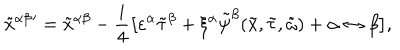
{ \tilde { x } ^ { \alpha \beta } } { } ^ { \prime } = { \tilde { x } ^ { \alpha \beta } } - \frac { i } { 4 } \big [ \varepsilon ^ { \alpha } { \tilde { \tau } } ^ { \beta } + \xi ^ { \alpha } \tilde { \psi } ^ { \beta } ( \tilde { x } , { \tilde { \tau } } , { \tilde { \omega } } ) + \alpha \leftrightarrow \beta \big ] ,